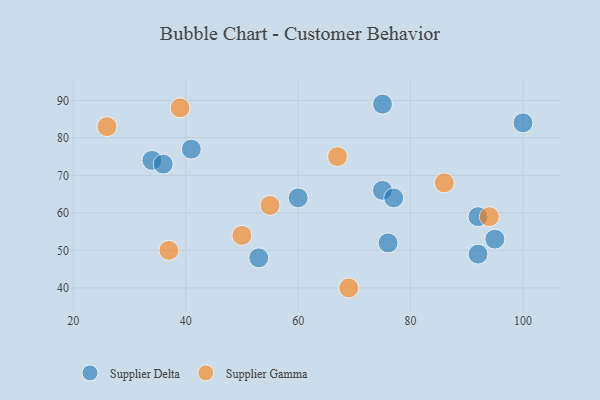
{"axis": {"x": "GDP", "y": "Life Expectancy"}, "legend": ["Supplier Delta", "Supplier Gamma"], "data": [{"x": "53", "y": 48, "type": "Supplier Delta"}, {"x": "75", "y": 89, "type": "Supplier Delta"}, {"x": "41", "y": 77, "type": "Supplier Delta"}, {"x": "34", "y": 74, "type": "Supplier Delta"}, {"x": "60", "y": 64, "type": "Supplier Delta"}, {"x": "76", "y": 52, "type": "Supplier Delta"}, {"x": "36", "y": 73, "type": "Supplier Delta"}, {"x": "92", "y": 49, "type": "Supplier Delta"}, {"x": "75", "y": 66, "type": "Supplier Delta"}, {"x": "100", "y": 84, "type": "Supplier Delta"}, {"x": "77", "y": 64, "type": "Supplier Delta"}, {"x": "95", "y": 53, "type": "Supplier Delta"}, {"x": "92", "y": 59, "type": "Supplier Delta"}, {"x": "26", "y": 83, "type": "Supplier Gamma"}, {"x": "69", "y": 40, "type": "Supplier Gamma"}, {"x": "94", "y": 59, "type": "Supplier Gamma"}, {"x": "50", "y": 54, "type": "Supplier Gamma"}, {"x": "39", "y": 88, "type": "Supplier Gamma"}, {"x": "37", "y": 50, "type": "Supplier Gamma"}, {"x": "55", "y": 62, "type": "Supplier Gamma"}, {"x": "67", "y": 75, "type": "Supplier Gamma"}, {"x": "86", "y": 68, "type": "Supplier Gamma"}]}